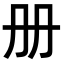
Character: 册